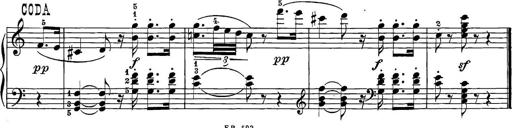
Title: 12 Sonatine per Pianoforte
Composer: Friedrich Kuhlau